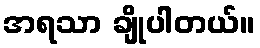
အရသာ ချိုပါတယ်။